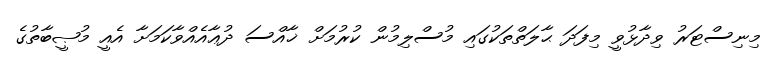
މިނިސްޓަރު ވިދާޅުވީ މިފަދަ ޙާލަތްތަކުގައި މުސްލިމުން ކުރުމަށް ޚާއްސަ ދުޢާއެއްވާކަމަށާ އެއީ މުޞީބާތުގެ